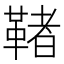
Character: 𩋵